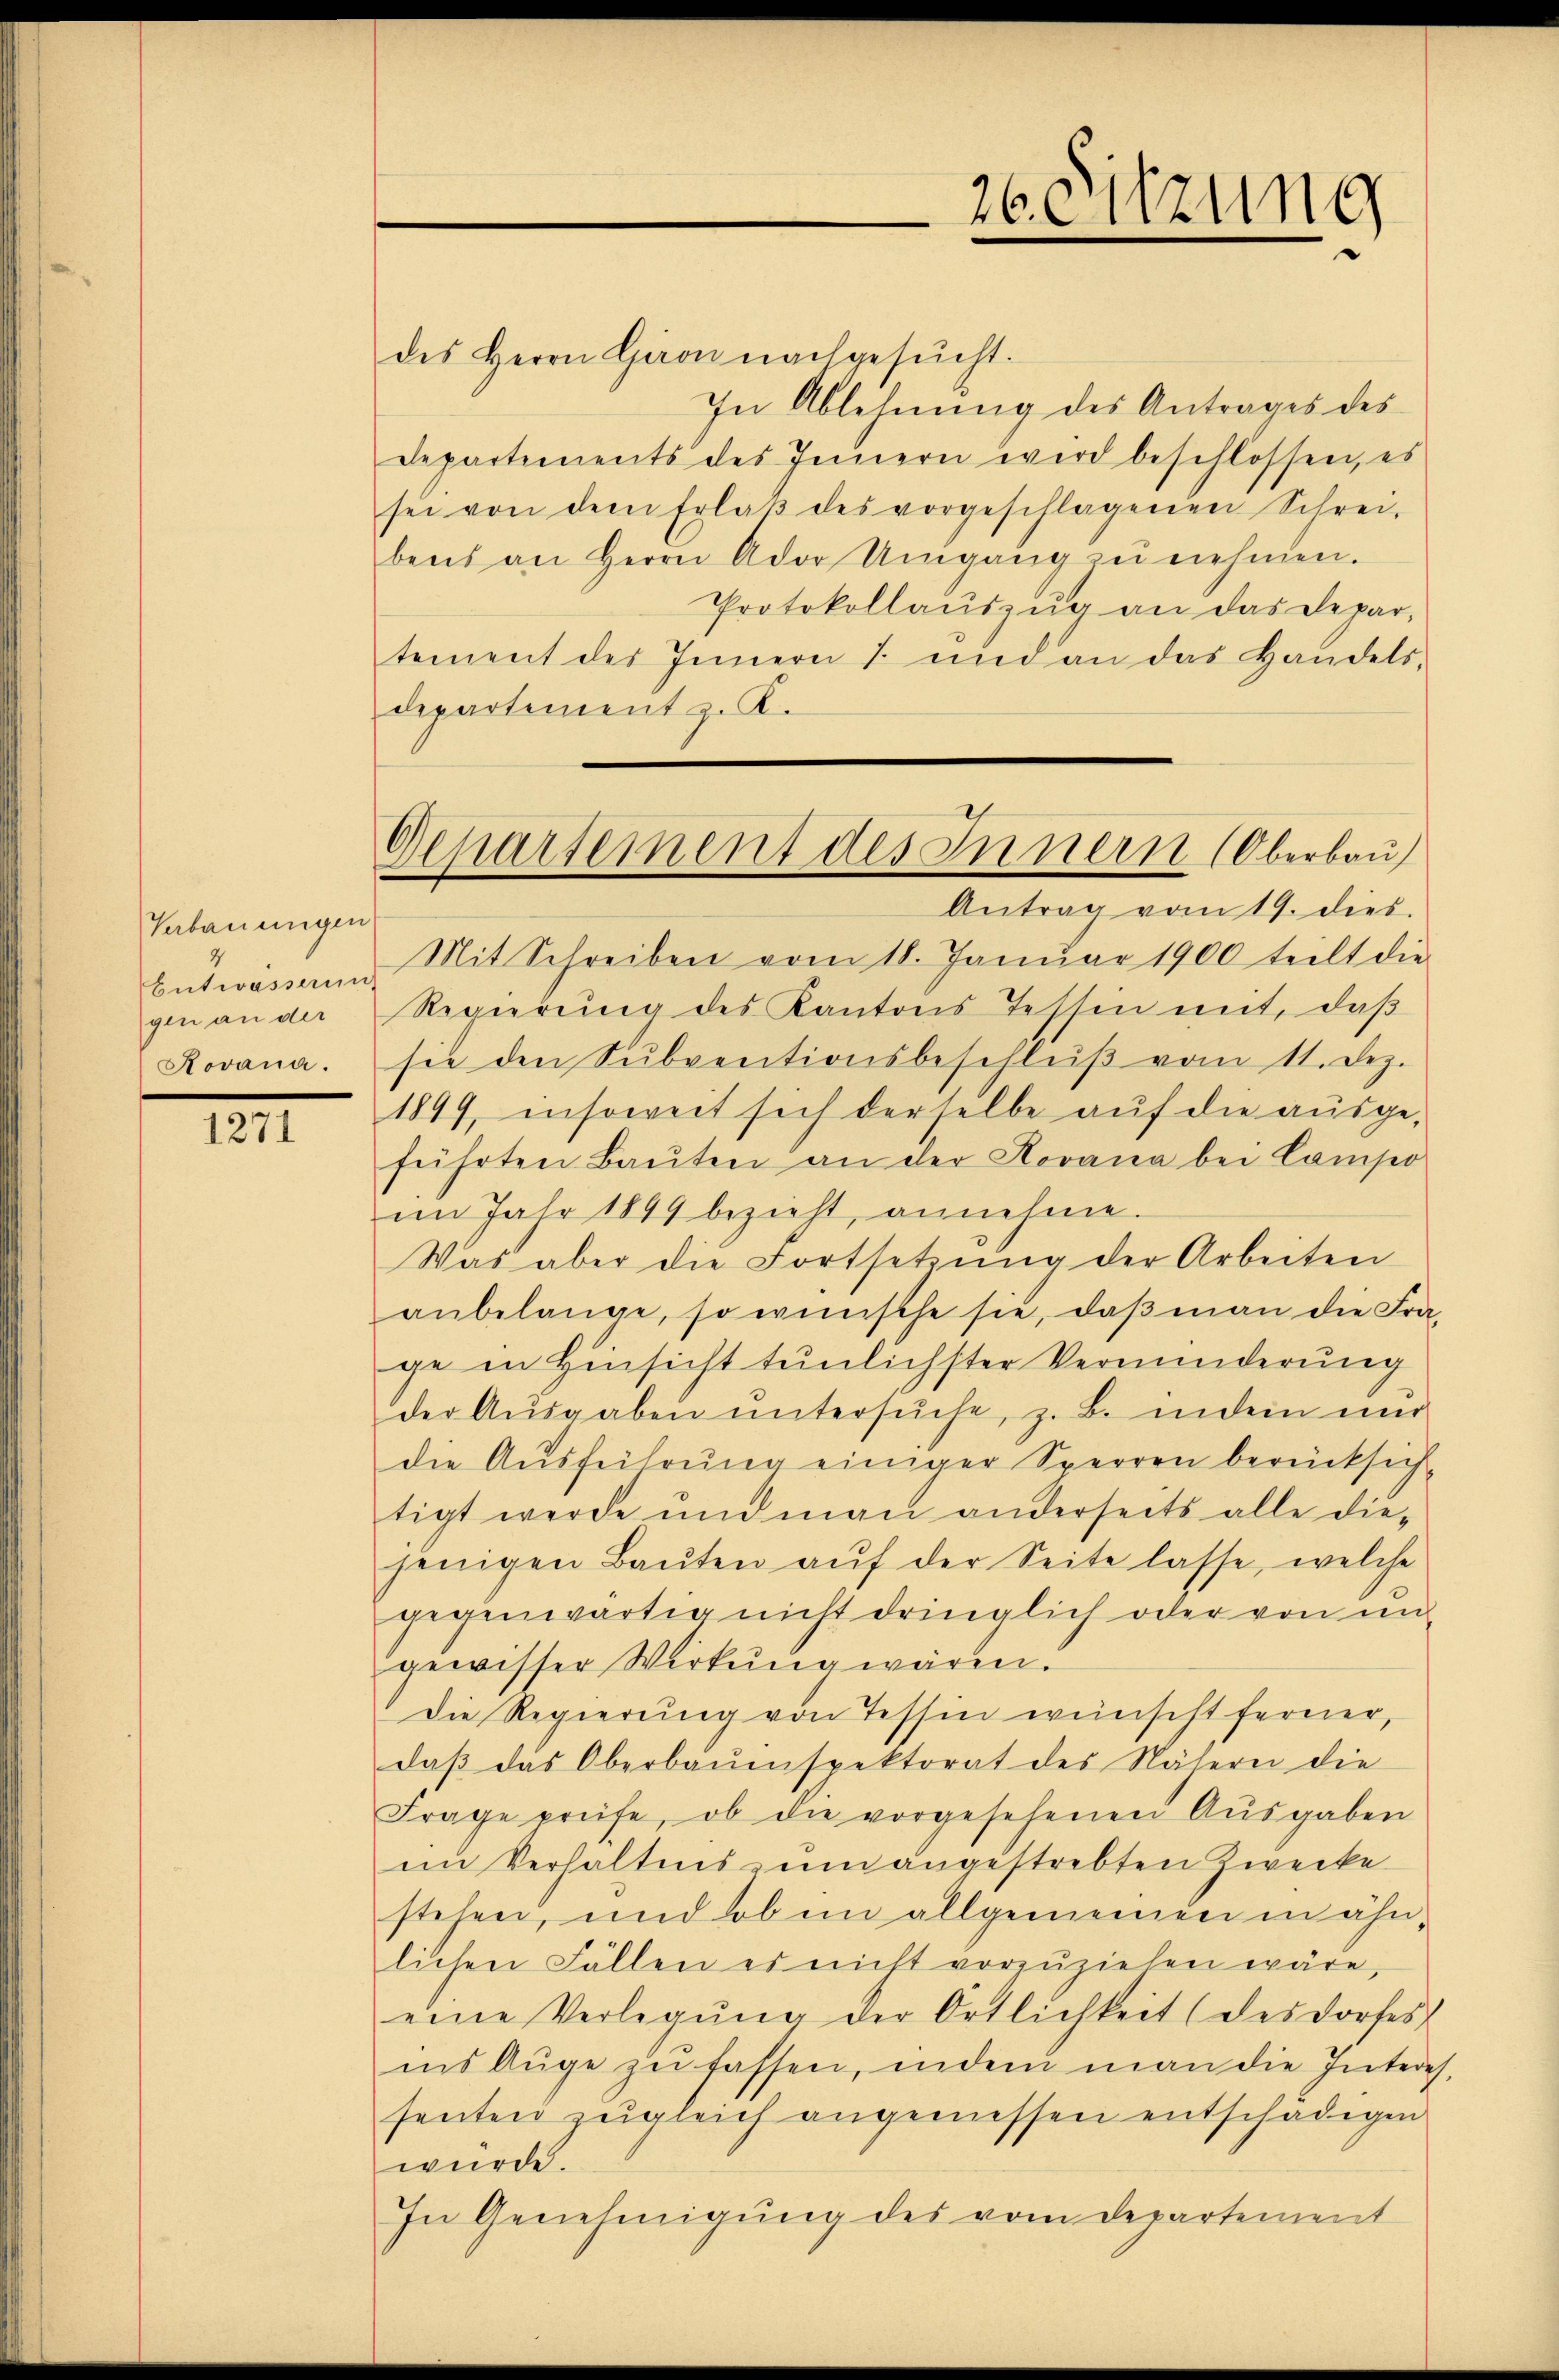
Verbauungen
Entwässerun
gen an der
Rovana.

1271

des Herrn Gäon nachgesŭcht.
In Ablehnung des Antrages des
Departements des Innern wird beschlossen, es
sei von dem Erlaβ des vorgeschlagenen Schrei-
bens an Herrn Ador Umgang zŭ nehmen.
Protokollauszug an das Depar
tement des Innern 7 und an das Handels-
departement z. K.
Antrag vom 19. dies
Mit Schreiben vom 18. Januar 1900 teilt die
Regierung des Kantons Tessin mit, daß
sie den Sŭbventionsbeschlŭβ vom 11. Dez.
1899, insoweit sich derselbe auf die ausge-
führten Baŭten an der Rovana bei Campo
im Jahr 1899 bezieht, annehme.
Was aber die Fortsetzŭng der Arbeiten
anbelange, so wünsche sie, daβ man die Fra-
ge in Hinsicht tunlichster Verminderung
der Aŭsgaben untersŭche, z. B. indem nur
die Ausführung einiger Sperren berücksichtigt werde und man anderseits alle die-
jenigen Baŭten aŭf der Seite lasse, welche
gegenwärtig nicht dringlich oder von un
gewisser Wirkung wären.
Die Regierung von Tessin weinscht ferner,
daβ das Oberbaŭenspektorat des Nähern die
Frage prüfe, ob die vorgesehenen Aŭsgaben
in Verhältnis zum angestrebten Zwecke
stehen, und ob im allgemeinen in ähnlichen Fällen es nicht vorzŭziehen wäre,
eine Verlegŭng der Ortlichkeit (des Dorfes
ins Auge zu fassen, indem man die Interes
senten zŭgleich angemessen entschädigen.
wurde.
In Genehmigung des vom Departement

26eitzung

Departement des Innern (Oberbau